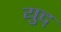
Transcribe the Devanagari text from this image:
युद्